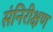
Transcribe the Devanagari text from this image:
संनिरीक्षण